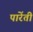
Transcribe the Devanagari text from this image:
पारेंती